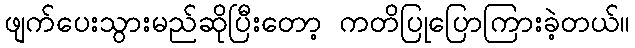
ဖျက်ပေးသွားမည်ဆိုပြီးတော့ ကတိပြုပြောကြားခဲ့တယ်။